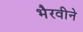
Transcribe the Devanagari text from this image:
भैरवीने